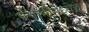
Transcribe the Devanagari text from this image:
पंजाबीमध्येच